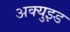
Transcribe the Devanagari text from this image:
अक्युझ्ड